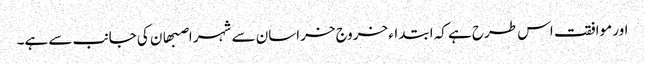
اور موافقت اس طرح ہے کہ ابتداء خروج خراسان سے شہر اصبھان کی جانب سے ہے۔